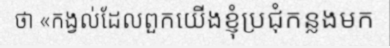
ថា «កង្វល់ដែលពួកយើងខ្ញុំប្រជុំកន្លងមក